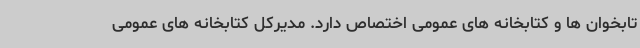
تابخوان ها و کتابخانه های عمومی اختصاص دارد. مدیرکل کتابخانه های عمومی